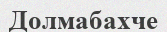
Долмабахче